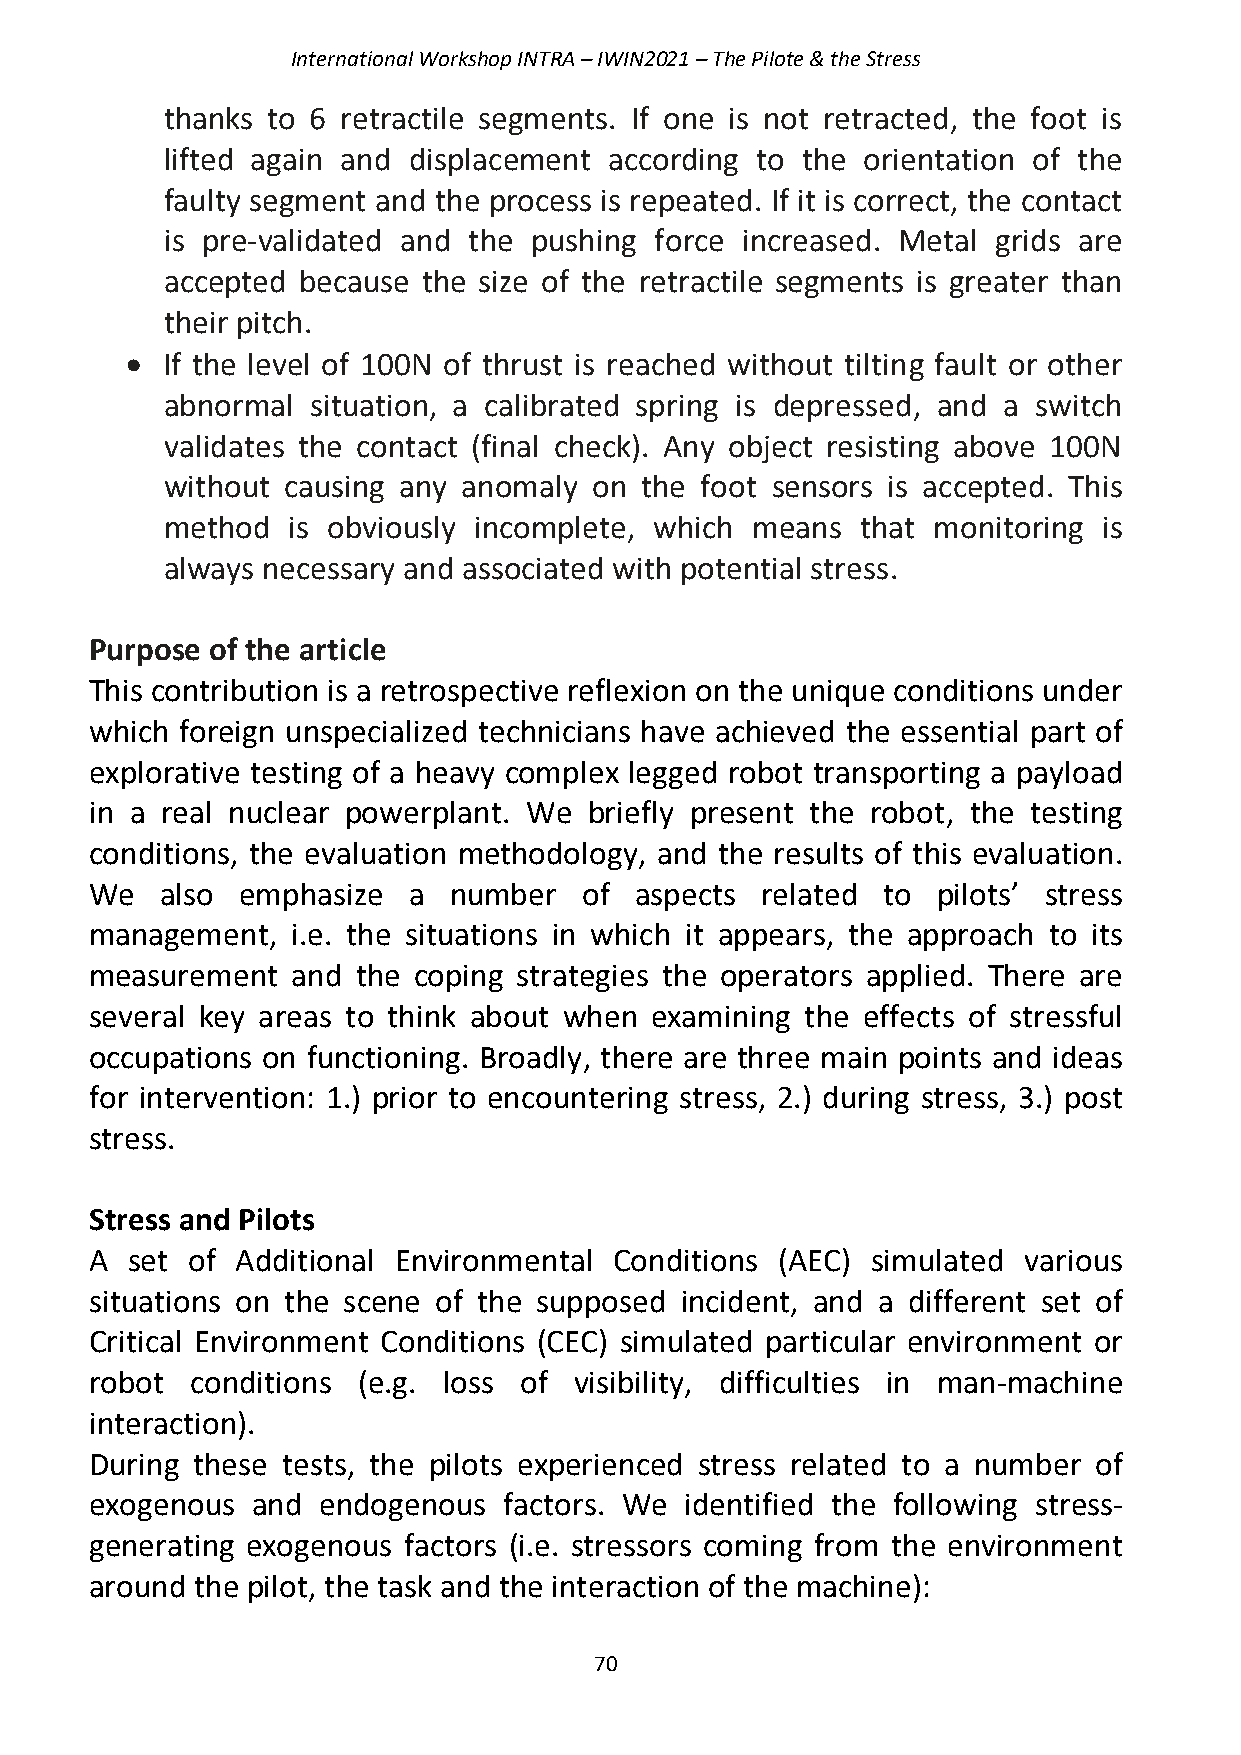
International Workshop INTRA – IWIN2021 – The Pilote & the Stress
 thanks to 6 retractile segments. If one is not retracted, the foot is
 lifted again and displacement according to the orientation of the
 faulty segment and the process is repeated. If it is correct, the contact
 is pre-validated and the pushing force increased. Metal grids are
 accepted because the size of the retractile segments is greater than
 their pitch.
 •  If the level of 100N of thrust is reached without tilting fault or other
 abnormal  situation, a calibrated spring is depressed, and a switch
 validates the contact (final check). Any object resisting above 100N
 without causing any anomaly on the foot sensors is accepted. This
 method  is obviously incomplete, which means  that monitoring is
 always necessary and associated with potential stress.
 Purpose of the article
 This contribution is a retrospective reflexion on the unique conditions under
 which foreign unspecialized technicians have achieved the essential part of
 explorative testing of a heavy complex legged robot transporting a payload
 in a real nuclear powerplant. We briefly present the robot, the testing
 conditions, the evaluation methodology, and the results of this evaluation.
 We   also emphasize  a  number   of aspects related to  pilots’ stress
 management,  i.e. the situations in which it appears, the approach to its
 measurement  and  the coping strategies the operators applied. There are
 several key areas to think about when examining the effects of stressful
 occupations on functioning. Broadly, there are three main points and ideas
 for intervention: 1.) prior to encountering stress, 2.) during stress, 3.) post
 stress.
 Stress and Pilots
 A set of  Additional Environmental Conditions (AEC) simulated various
 situations on the scene of the supposed incident, and a different set of
 Critical Environment Conditions (CEC) simulated particular environment or
 robot  conditions (e.g. loss of visibility, difficulties in man-machine
 interaction).
 During these tests, the pilots experienced stress related to a number of
 exogenous  and endogenous  factors. We identified the following stress-
 generating exogenous factors (i.e. stressors coming from the environment
 around the pilot, the task and the interaction of the machine):
 70